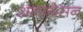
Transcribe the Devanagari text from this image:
अलागेसन